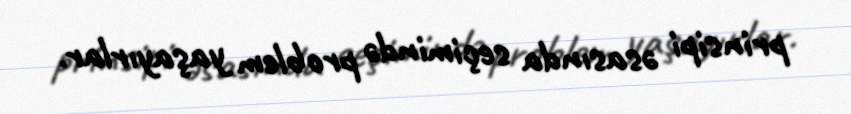
prinsipi əsasında seçimində problem yaşayırlar.